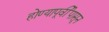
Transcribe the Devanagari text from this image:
होण्यापूर्वीपासून